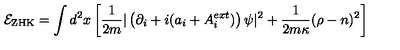
{ \cal E } _ { \mathrm { Z H K } } = \int d ^ { 2 } x \left[ \frac { 1 } { 2 m } | \left( \partial _ { i } + i ( a _ { i } + A _ { i } ^ { e x t } ) \right) \psi | ^ { 2 } + { \frac { 1 } { 2 m \kappa } } ( \rho - n ) ^ { 2 } \right]